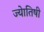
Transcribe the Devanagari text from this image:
ज्‍येातिषी